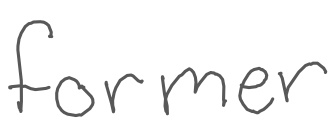
Text: former
Cross-out: clean
Writing tool: digital_gray